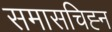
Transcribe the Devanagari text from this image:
समासचिह्न